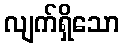
လျက်ရှိသော